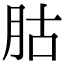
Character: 𦙶